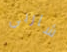
شاربي